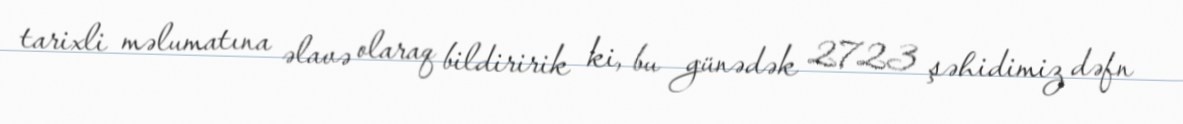
tarixli məlumatına əlavə olaraq bildiririk ki, bu günədək 2723 şəhidimiz dəfn